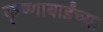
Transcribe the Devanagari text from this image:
कृष्णाबाईंच्या